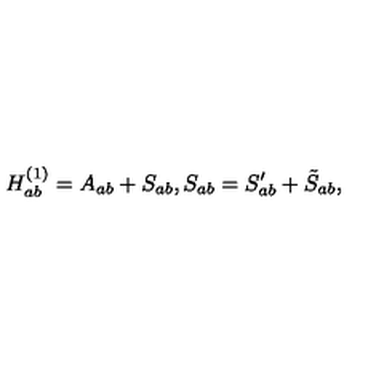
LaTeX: H _ { a b } ^ { ( 1 ) } = A _ { a b } + S _ { a b } , S _ { a b } = S _ { a b } ^ { \prime } + \tilde { S } _ { a b } ,